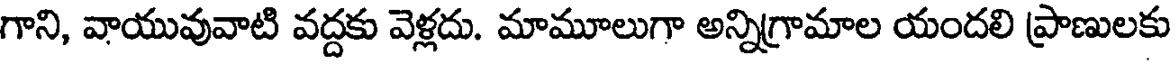
గాని, వాయువువాటి వద్దకు వెళ్లదు. మామూలుగా అన్నిగ్రామాల యందలి ప్రాణులకు